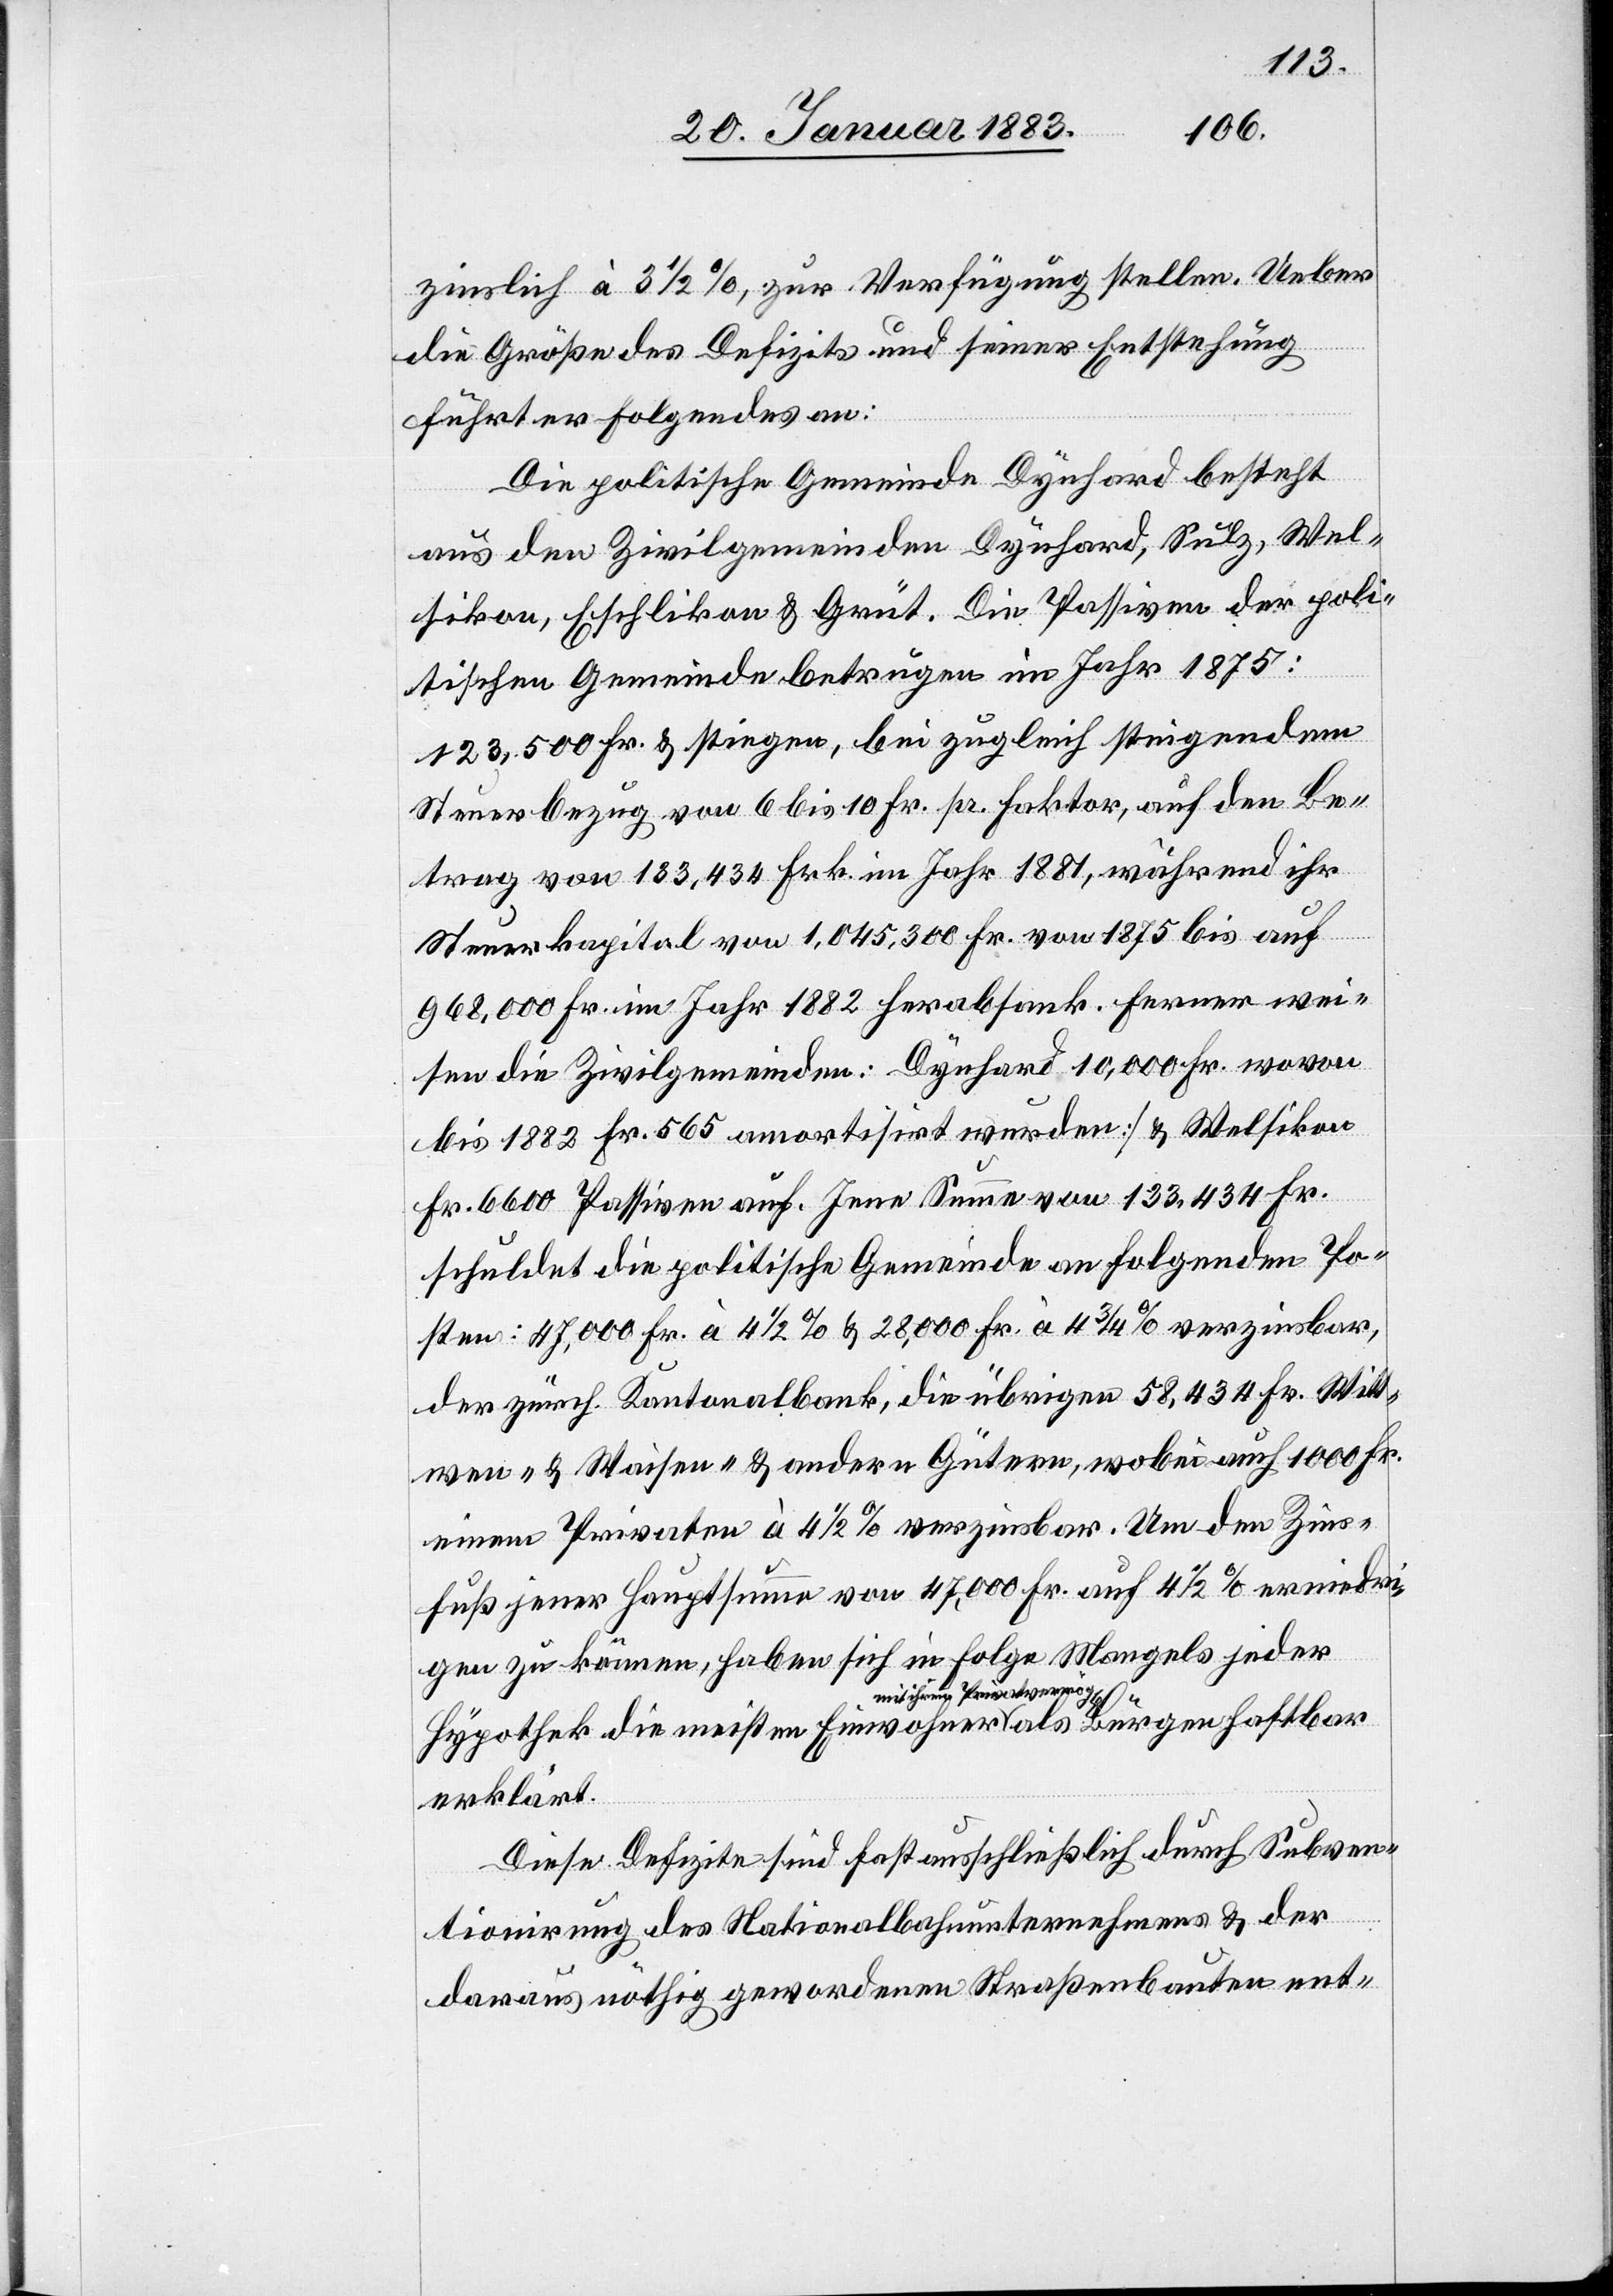
zinslich à 3 1/2%, zur Verfügung stellen. Ueber
die Größe des Defizits und seiner Entstehung
als
führt er Folgendes an:
Die politische Gemeinde Dynhard besteht
aus den Zivilgemeinden Dynhard, Sulz, Wel¬
sikon, Eschlikon & Grüt. Die Passiven der poli¬
tischen Gemeinde betrugen im Jahr 1875:
123,500 Fr. & stiegen, bei zugleich steigendem
Steuerbezug von 6 bis 10 Fr. pr. Faktor, auf den Be¬
trag von 133,434 Frk. im Jahr 1881, während ihr
Steuerkapital von 1,045,300 Fr. von 1875 bis auf
968,000 Fr. im Jahr 1882 herabsank. Ferner wei¬
sen die Zivilgemeinden: Dynhard, 10,000 Fr. [wovon
bis 1882 Fr. 565 amortisirt wurden] & Welsikon
Fr. 6600 Passiven auf. Jene Summe von 133,434 Fr.
schuldet die politische Gemeinde an folgenden Po¬
sten: 47,000 Fr. à 4 1/2% & 28,000 Fr. à 4 3/4% verzinsbar,
der zürch. Kantonalbank, die übrigen 58,434 Fr. Witt¬
wen- & Waisen- & andern Gütern, wobei auch 1000 Fr.
einem Privaten à 4 1/2% verzinsbar. Um den Zins¬
fuß jener Hauptsumme von 47,000 Fr. auf 4 1/2% erniedri¬
gen zu können, haben sich in Folge Mangels jeder
Hypothek die meisten Einwohner a-mit ihren Privatvermö¬
erklärt.
Diese Defizite sind fast ausschließlich durch Subven¬
tionirung des Nationalbahnunternehmens & der
daraus nöthig gewordenen Straßenbauten ent-